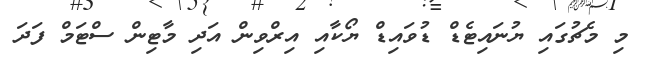
މި މެޗުގައި ޔުނައިޓެޑް ޑުވައިޑް ޔޯކާއި އިރްވިން އަދި މާޓިން ސްޓަމް ފަދަ